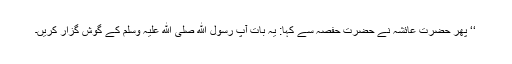
‘‘ پھر حضرت عائشہ نے حضرت حفصہ سے کہا: یہ بات آپ رسول ﷲ صلی ﷲ علیہ وسلم کے گوش گزار کریں۔